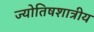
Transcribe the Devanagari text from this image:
ज्योतिषशात्रीय